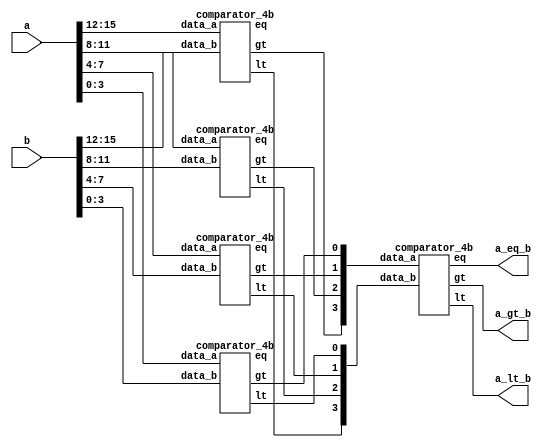
`timescale 1ns/1ps
module comparator(a, b, a_gt_b, a_eq_b, a_lt_b);
input [15:0] a;
input [15:0] b; 
output a_gt_b; 
output a_eq_b; 
output a_lt_b; 

wire [3:0] gt, eq, lt;

comparator_4b u0(.data_a(a[15:12]), .data_b(b[15:12]), .gt(gt[3]), .eq(eq[3]), .lt(lt[3]));
comparator_4b u1(.data_a(a[11:8]),  .data_b(b[11:8]),  .gt(gt[2]), .eq(eq[2]), .lt(lt[2]));
comparator_4b u2(.data_a(a[7:4]),   .data_b(b[7:4]),   .gt(gt[1]), .eq(eq[1]), .lt(lt[1]));
comparator_4b u3(.data_a(a[3:0]),   .data_b(b[3:0]),   .gt(gt[0]), .eq(eq[0]), .lt(lt[0]));

comparator_4b u4(.data_a(gt[3:0]), .data_b(lt[3:0]), .gt(a_gt_b), .eq(a_eq_b), .lt(a_lt_b));

endmodule


/* 4-bit magnitude comparator module*/ 
module comparator_4b(data_a, data_b, gt, eq, lt); 
input [3:0] data_a;
input [3:0] data_b; 
output reg gt; /* gt = 1 if data_a > data_b */ 
output reg eq; /* eq = 1 if data_a == data_b */ 
output reg lt; /* gt = 1 if data_a < data_b */ 

always@(*) begin
	if(data_a > data_b) begin
		gt <= #3 1'b1;
		lt <= #4 1'b0;
		eq <= #5 1'b0;
	end
	else if(data_a == data_b) begin
		gt <= #3 1'b0;
		lt <= #4 1'b0;
		eq <= #5 1'b1;
	end
	else begin
		gt <= #3 1'b0;
		lt <= #4 1'b1;
		eq <= #5 1'b0;
	end
end

endmodule